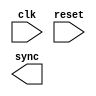
// WARNING: Do NOT edit the input and output ports in this file in a text
// editor if you plan to continue editing the block that represents it in
// the Block Editor! File corruption is VERY likely to occur.

// Copyright (C) 1991-2005 Altera Corporation
// Any  megafunction  design,  and related netlist (encrypted  or  decrypted),
// support information,  device programming or simulation file,  and any other
// associated  documentation or information  provided by  Altera  or a partner
// under  Altera's   Megafunction   Partnership   Program  may  be  used  only
// to program  PLD  devices (but not masked  PLD  devices) from  Altera.   Any
// other  use  of such  megafunction  design,  netlist,  support  information,
// device programming or simulation file,  or any other  related documentation
// or information  is prohibited  for  any  other purpose,  including, but not
// limited to  modification,  reverse engineering,  de-compiling, or use  with
// any other  silicon devices,  unless such use is  explicitly  licensed under
// a separate agreement with  Altera  or a megafunction partner.  Title to the
// intellectual property,  including patents,  copyrights,  trademarks,  trade
// secrets,  or maskworks,  embodied in any such megafunction design, netlist,
// support  information,  device programming or simulation file,  or any other
// related documentation or information provided by  Altera  or a megafunction
// partner, remains with Altera, the megafunction partner, or their respective
// licensors. No other licenses, including any licenses needed under any third
// party's intellectual property, are provided herein.


// Generated by Quartus II Version 4.2 (Build Build 178 01/19/2005)
// Created on Mon Apr 11 09:30:11 2005

//  Module Declaration
module line_generator
(
	// {{ALTERA_ARGS_BEGIN}} DO NOT REMOVE THIS LINE!
	clk, reset, sync
	// {{ALTERA_ARGS_END}} DO NOT REMOVE THIS LINE!
);
// Port Declaration

	// {{ALTERA_IO_BEGIN}} DO NOT REMOVE THIS LINE!
	input clk;
	input reset;
	output sync;
	// {{ALTERA_IO_END}} DO NOT REMOVE THIS LINE!



endmodule